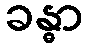
ခန္ဓာ